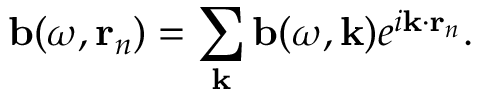
\mathbf { b } ( \omega , \mathbf { r } _ { n } ) = \sum _ { \mathbf { k } } \mathbf { b } ( \omega , \mathbf { k } ) e ^ { i \mathbf { k } \cdot \mathbf { r } _ { n } } .